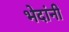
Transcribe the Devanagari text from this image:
भेदांनी